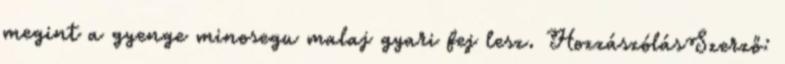
megint a gyenge minosegu malaj gyari fej lesz. HozzászólásSzerző: